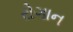
રોગાન